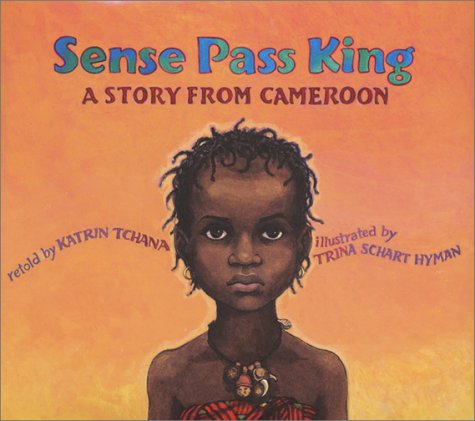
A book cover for Sense Pass King: A Story from Cameroon; Katrin Tchana; Children's Books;